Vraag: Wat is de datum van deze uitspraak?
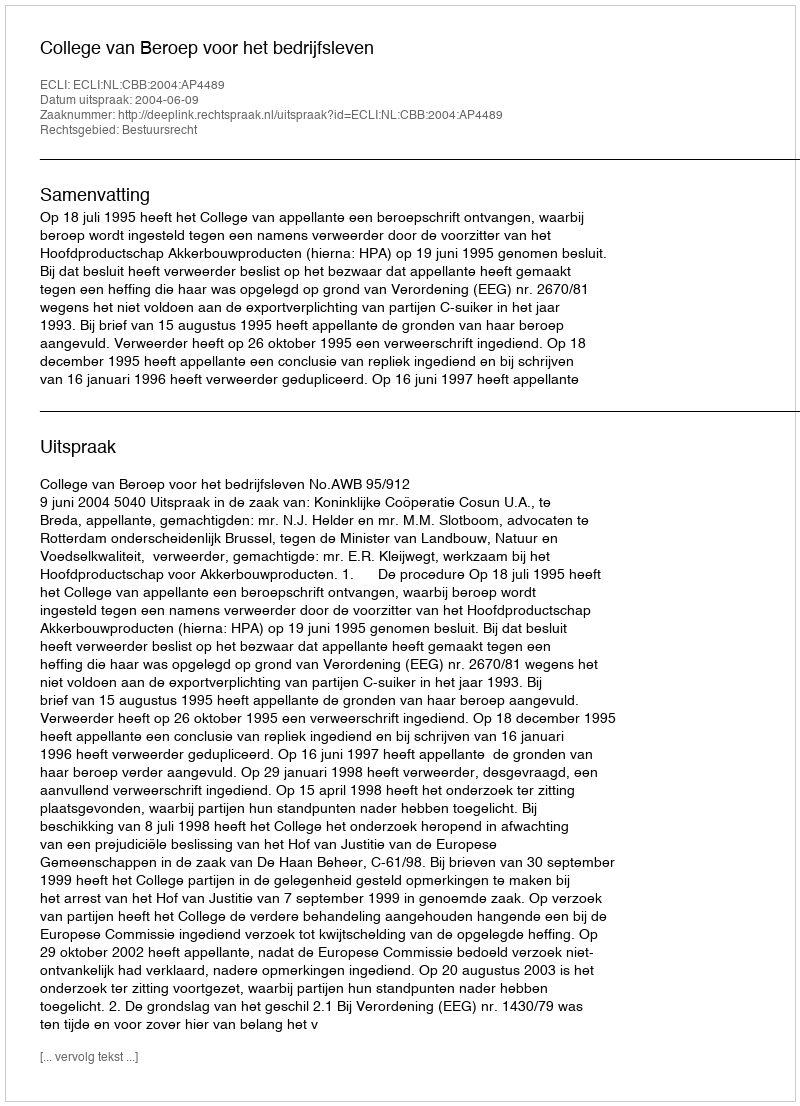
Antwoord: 2004-06-09